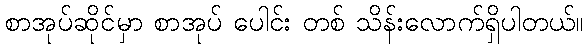
စာအုပ်ဆိုင်မှာ စာအုပ် ပေါင်း တစ် သိန်းလောက်ရှိပါတယ်။